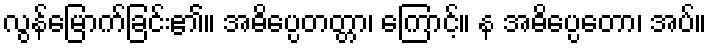
လွန်မြောက်ခြင်း၏။ အဓိပ္ပေတတ္တာ၊ ကြောင့်။ န အဓိပ္ပေတော၊ အပ်။